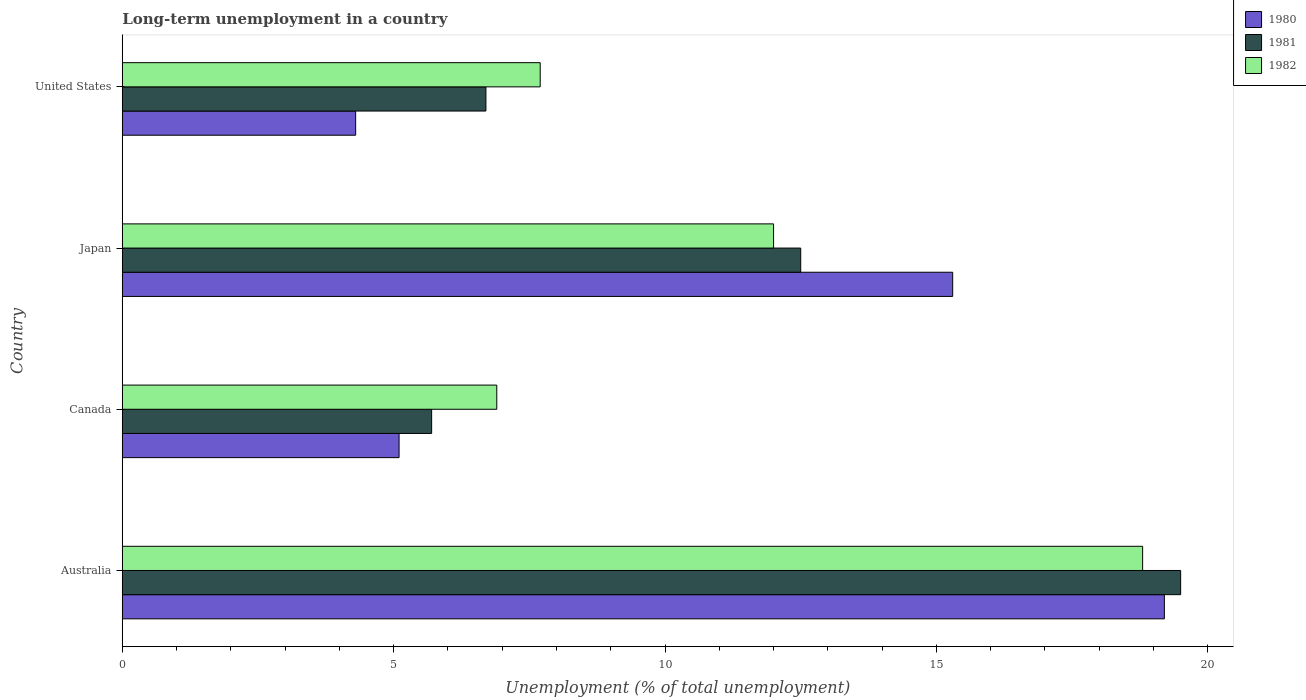
| Country | 1980 | 1981 | 1982 |
 | --- | --- | --- | --- |
 | Australia | 19.2 | 19.5 | 18.8 |
 | Canada | 5.1 | 5.7 | 6.9 |
 | Japan | 15.3 | 12.5 | 12 |
 | United States | 4.3 | 6.7 | 7.7 |